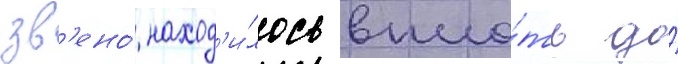
зв'ено́ наход'и́лось впло́ть до́